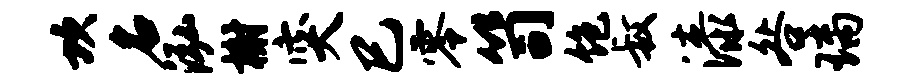
坎名泓榭突巳零笥饱叔漆咎璃